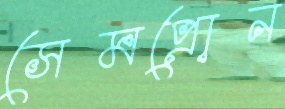
সেমপ্রোন